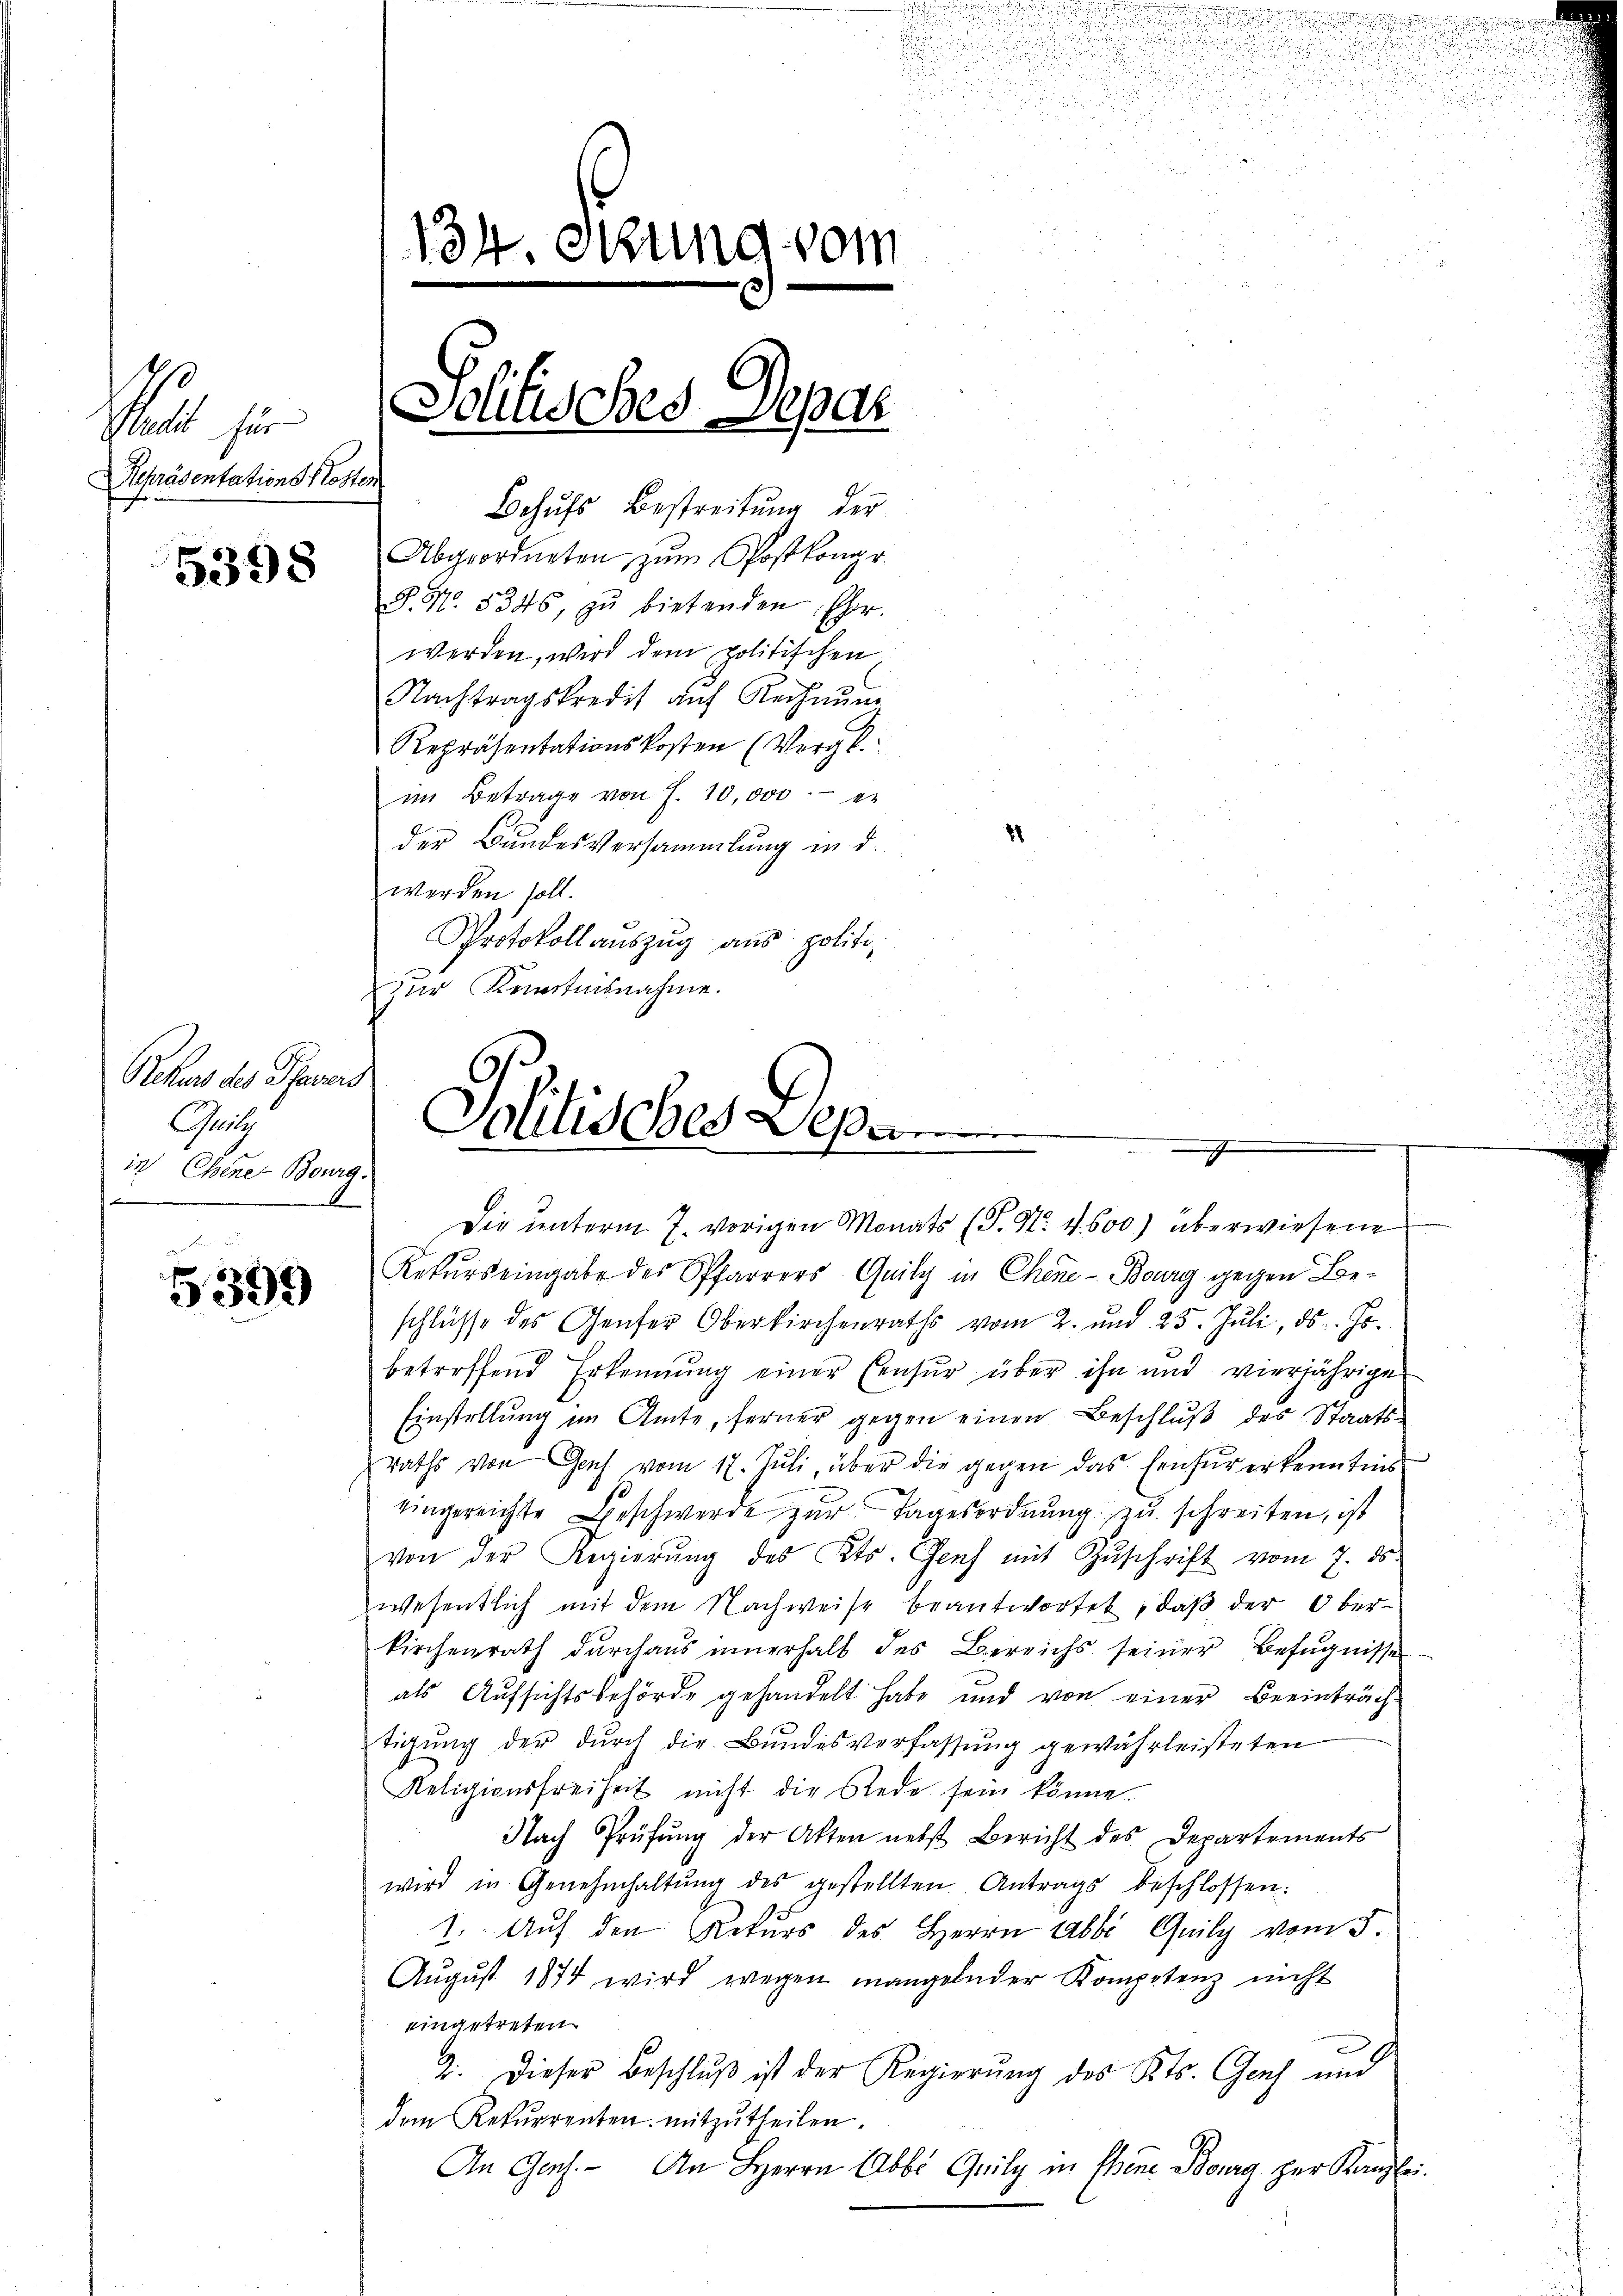
190

s
i
.
134. Okung vom
Jolitis Jes. Separ
Predit für
Repräsentations Klosten
Behufs Bestreitung der
Abgeordneten zum Postkongr

8. No. 5346, zŭ bietenden Eher
Repräsentationskosten (Vergl.
der Bundesversammlung in d.
werden soll.
Protokollauszug aus politizur Kenntnisnahme.
Rekurs des Pfaders
Gutg
Politisches Depar
in Chene Bourg

5398

n

f
399

werden, wird dem politischen
Nachtragskredit auf Rechnung
im Betrage von 7. 10,000.- er

2

.
Die unterm 7. vorigen Monats (T. N. 4600) überwiesene

Rekurs eingabe des Pfarrers Quily in Chene - Bourg gegen Beschlüsse des Genfer Oberkirchenraths vom 2. und 25. Jŭli, ds Jobetreffend Erkennung einer Censur über ihn und vierjährige
Einstellung im Amte, ferner gegen einen Beschluß des Staatsraths von Genf vom 17. Juli, über die gegen das Einfür erkenntnis
eingereichte Geschwerde zur Tagesordnung zu schreiten, ist
von der Regierŭng des Kts. Genf mit Zŭschrift vom 7. ds.
wesentlich mit dem Nachweise beantwortet, daß der Oberkirchenrath durchaus innerhalb des Bereichs seiner Befugnisse
als Aufsichtsbehörde gehandelt habe und von einer Beeinträch-
tigung der durch die Bundesverfassung gewährleisteten
Religionsfreiheit nicht die Rede sein könne.
Nach Prüfŭng der Akten nebst Bericht des Departements
wird in Genehmhaltŭng des gestellten Antrags beschlossen:
1. Auf den Rekurs des Herrn Abbi Quily vom 5.
Aŭgŭst 1874 wird wegen mangelnder Kompetenz nicht
eingetreten
2. Dieser Beschluß ist der Regierung des Kts. Genf und
dem Rekŭrrenten mitzŭtheilen.
An Ges. An Herrn Abbi Quily in Ehene Bourg zur Kanzlei-